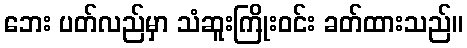
ဘေး ပတ်လည်မှာ သံဆူးကြိုးဝင်း ခတ်ထားသည်။